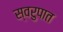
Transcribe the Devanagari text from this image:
स्‍वरुपात